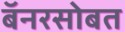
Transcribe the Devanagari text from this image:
बॅनरसोबत